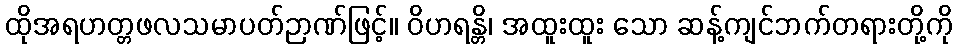
ထိုအရဟတ္တဖလသမာပတ်ဉာဏ်ဖြင့်။ ဝိဟရန္တိ၊ အထူးထူး သော ဆန့်ကျင်ဘက်တရားတို့ကို